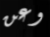
وعن